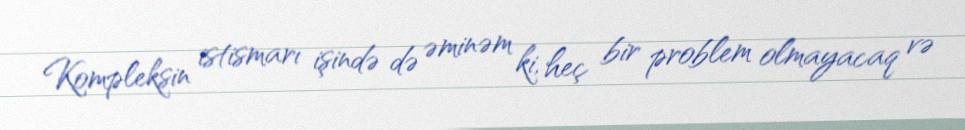
Kompleksin istismarı işində də əminəm ki, heç bir problem olmayacaq və